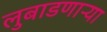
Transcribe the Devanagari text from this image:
लुबाडणाऱ्या